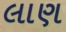
લાણ